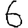
Digit: 6